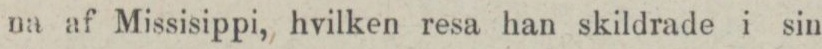
na af Missisippi, hvilken resa han skildrade i sin